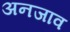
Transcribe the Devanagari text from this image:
अनजाव